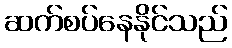
ဆက်စပ်နေနိုင်သည်